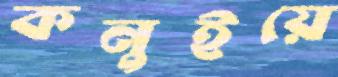
কনুইয়ে